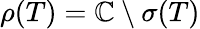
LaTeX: \rho(T)=\mathbb{C}\setminus\sigma(T)